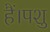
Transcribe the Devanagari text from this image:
हैं।पशु